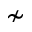
\nsim